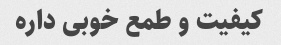
کیفیت و طمع خوبی داره